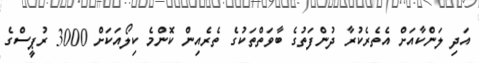
އަދި ލަންކާއަށް އެތެރެކުރާ ދުންފަތުގެ ބާވަތްތަކުގެ ތެރެއިން ކޮންމެ ކިލޯއަކަށް 3000 ރުޕީސްގެ